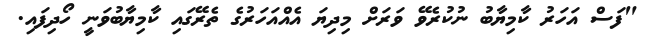
"ފަސް އަހަރު ކާމިޔާބު ނުކުރެވޭ ވަރަށް މިދިޔަ އެއްއަހަރުގެ ތެރޭގައި ކާމިޔާބުވަނީ ހޯދިފައި.